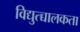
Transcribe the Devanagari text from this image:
विद्युत्च्चालकता